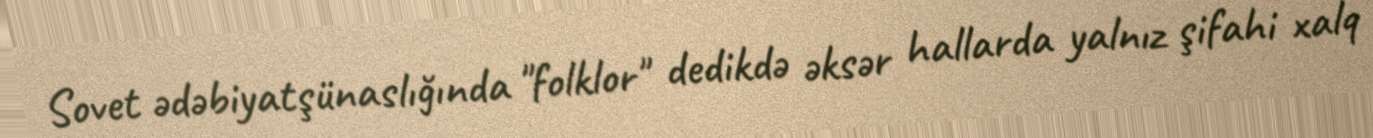
Sovet ədəbiyatşünaslığında "folklor" dedikdə əksər hallarda yalnız şifahi xalq